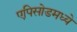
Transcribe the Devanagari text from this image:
एपिसोडमध्ये